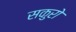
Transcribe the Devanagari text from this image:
सकुरो